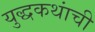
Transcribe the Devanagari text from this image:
युद्धकथांची